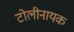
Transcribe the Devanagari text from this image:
टोलीनायक